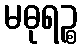
မဓုရဉ္စ